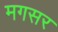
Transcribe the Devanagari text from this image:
मगसर